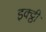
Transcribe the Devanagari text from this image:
इक्ट्ठी